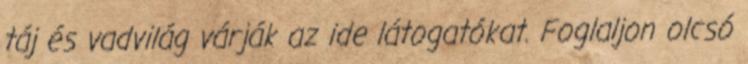
táj és vadvilág várják az ide látogatókat. Foglaljon olcsó